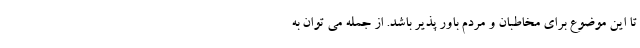
تا این موضوع برای مخاطبان و مردم باور پذیر باشد. از جمله می توان به